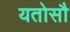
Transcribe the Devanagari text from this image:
यतोसौ